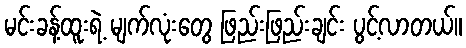
မင်းခန့်ထူးရဲ့ မျက်လုံးတွေ ဖြည်းဖြည်းချင်း ပွင့်လာတယ်။